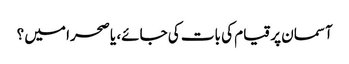
آسمان پر قیام کی بات کی جائے، یا صحرا میں ؟